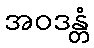
အဝဒန္တံ